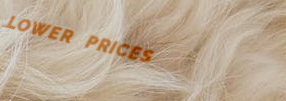
LOWER PRICES